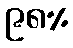
၉၈%